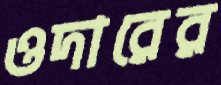
ওদারের